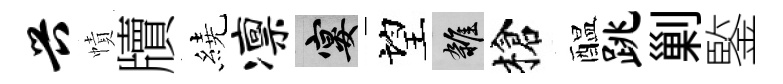
兴幘牘繞凛宴望雜槍醖跳剿鍳